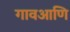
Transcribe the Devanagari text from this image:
गावआणि